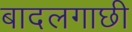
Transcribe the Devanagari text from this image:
बादलगाछी